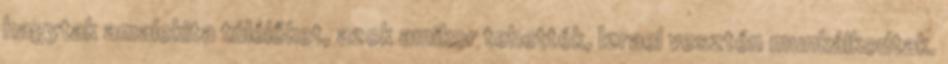
hagytak amalekita túlélőket, azok amikor tehették, Izrael vesztén munkálkodtak.